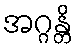
အဂ္ဂန္တိ